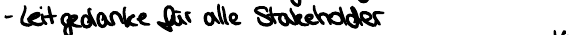
- Leitgedanke für alle Stakeholder